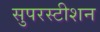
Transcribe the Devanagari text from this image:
सुपरस्टीशन